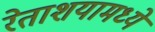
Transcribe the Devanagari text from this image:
रेताशयामध्ये